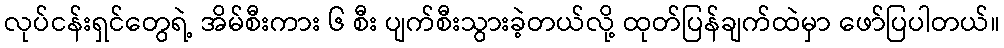
လုပ်ငန်းရှင်တွေရဲ့ အိမ်စီးကား ၆ စီး ပျက်စီးသွားခဲ့တယ်လို့ ထုတ်ပြန်ချက်ထဲမှာ ဖော်ပြပါတယ်။